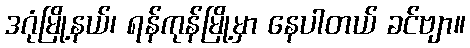
ဒဂုံမြို့နယ်၊ ရန်ကုန်မြို့မှာ နေပါတယ် ခင်ဗျာ။